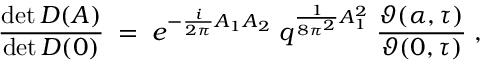
\frac { \operatorname * { d e t } D ( A ) } { \operatorname * { d e t } D ( 0 ) } \; = \; e ^ { - \frac { i } { 2 \pi } A _ { 1 } A _ { 2 } } \; q ^ { \frac { 1 } { 8 \pi ^ { 2 } } A _ { 1 } ^ { 2 } } \; \frac { \vartheta ( \alpha , \tau ) } { \vartheta ( 0 , \tau ) } \; ,